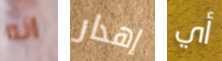
انه إهدار أي